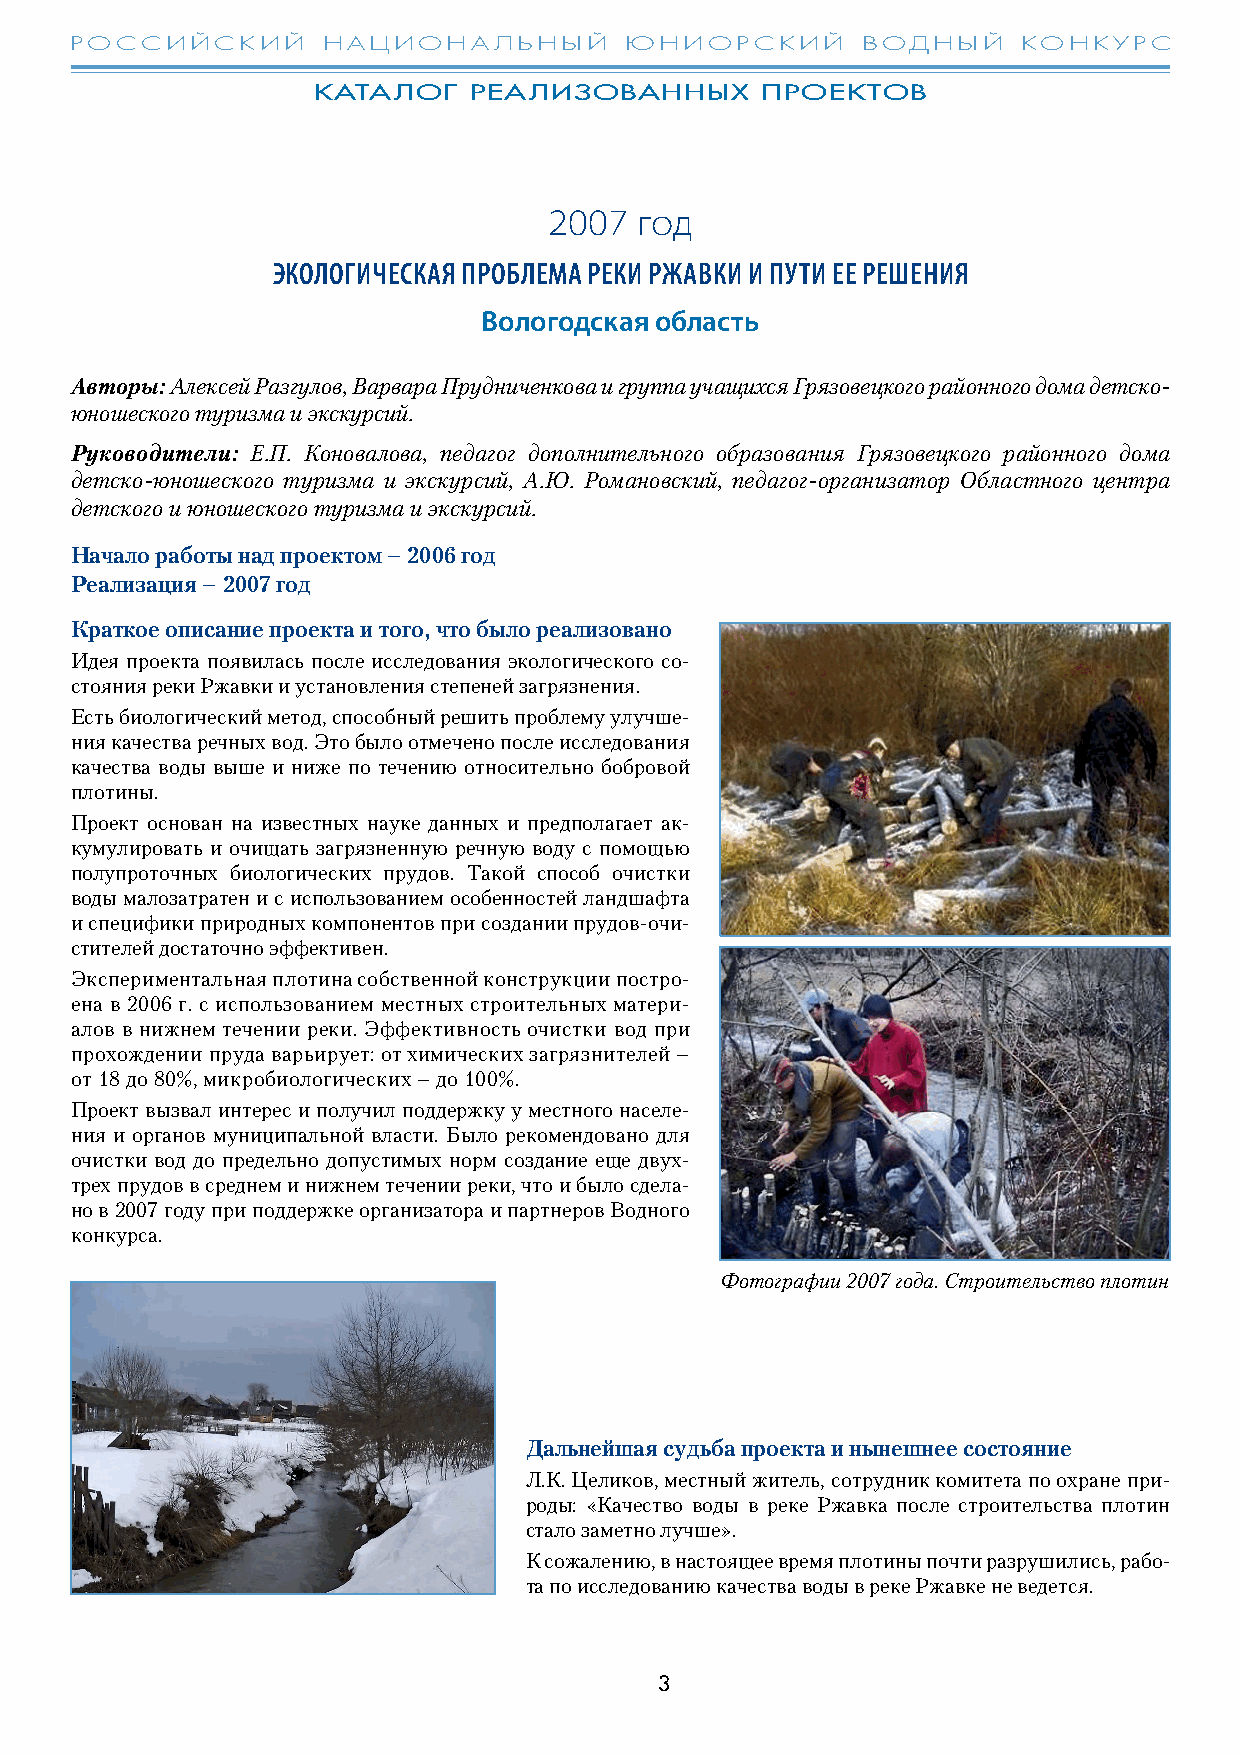
РОССИЙСКИЙ      НАЦИОНАЛЬНЫЙ        ЮНИОРСКИЙ       ВОДНЫЙ     КОНКУРС
 КАТАЛОГ   РЕАЛИЗОВАННЫХ      ПРОЕКТОВ
 2007  год
 ЭКОЛОГИЧЕСКАЯ ПРОБЛЕМА РЕКИ РЖАВКИ И ПУТИ ЕЕ РЕШЕНИЯ
 Вологодская область
 Авторы: Алексей Разгулов, Варвара Прудниченкова и группа учащихся Грязовецкого районного дома детско-
 юношеского туризма и экскурсий.
 Руководители: Е.П. Коновалова, педагог дополнительного образования Грязовецкого районного дома
 детско-юношеского туризма и экскурсий, А.Ю. Романовский, педагог-организатор Областного центра
 детского и юношеского туризма и экскурсий.
 Начало работы над проектом – 2006 год
 Реализация – 2007 год
 Краткое описание проекта и того, что было реализовано
 Идея проекта появилась после исследования экологического со-
 стояния реки Ржавки и установления степеней загрязнения.
 Есть биологический метод, способный решить проблему улучше-
 ния качества речных вод. Это было отмечено после исследования
 качества воды выше и ниже по течению относительно бобровой
 плотины.
 Проект основан на известных науке данных и предполагает ак-
 кумулировать и очищать загрязненную речную воду с помощью
 полупроточных биологических прудов. Такой способ очистки
 воды малозатратен и с использованием особенностей ландшафта
 и специфики природных компонентов при создании прудов-очи-
 стителей достаточно эффективен.
 Экспериментальная плотина собственной конструкции постро-
 ена в 2006 г. с использованием местных строительных матери-
 алов в нижнем течении реки. Эффективность очистки вод при
 прохождении пруда варьирует: от химических загрязнителей –
 от 18 до 80%, микробиологических – до 100%.
 Проект вызвал интерес и получил поддержку у местного населе-
 ния и органов муниципальной власти. Было рекомендовано для
 очистки вод до предельно допустимых норм создание еще двух-
 трех прудов в среднем и нижнем течении реки, что и было сдела-
 но в 2007 году при поддержке организатора и партнеров Водного
 конкурса.
 Фотографии 2007 года. Строительство плотин
 Дальнейшая судьба проекта и нынешнее состояние
 Л.К. Целиков, местный житель, сотрудник комитета по охране при-
 роды: «Качество воды в реке Ржавка после строительства плотин
 стало заметно лучше».
 К сожалению, в настоящее время плотины почти разрушились, рабо-
 та по исследованию качества воды в реке Ржавке не ведется.
 3